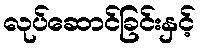
လုပ်ဆောင်ခြင်းနှင့်